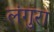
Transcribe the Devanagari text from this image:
लंगुरा